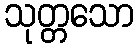
သုတ္တသော